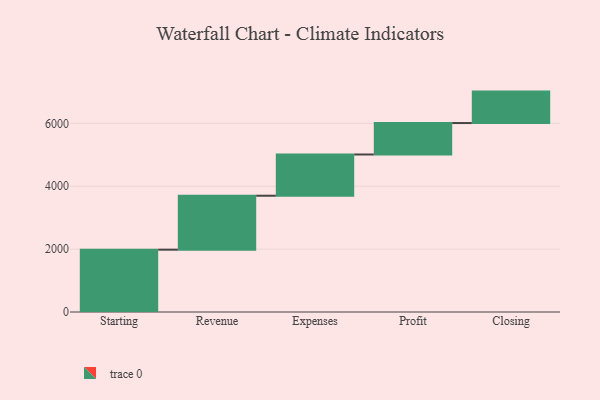
{"axis": {"x": "Step", "y": "Value"}, "legend": [""], "data": [{"x": "Starting", "y": 1982.0, "type": ""}, {"x": "Revenue", "y": 1716.0, "type": ""}, {"x": "Expenses", "y": 1312.0, "type": ""}, {"x": "Profit", "y": 1000, "type": ""}, {"x": "Closing", "y": 1000, "type": ""}]}